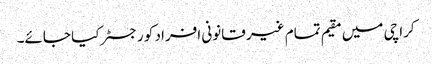
کراچی میں مقیم تمام غیر قانونی افراد کو رجسٹر کیا جائے۔